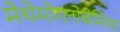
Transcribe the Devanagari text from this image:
मेथेमोग्लोबेमिया